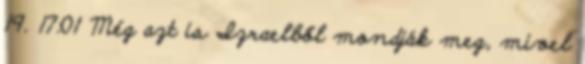
19. 17:01 Még azt is Izraelből mondják meg, mivel